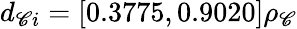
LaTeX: d_{\mathscr{C}i}=[0.3775,0.9020]\rho_{\mathscr{C}}